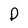
Character: D